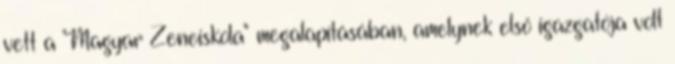
vett a "Magyar Zeneiskola" megalapításában, amelynek első igazgatója volt